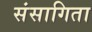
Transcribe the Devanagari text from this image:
संसागिता